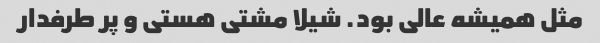
مثل همیشه عالی بود. شیلا مشتی هستی و پر طرفدار